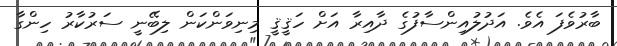
ބާރުވެފަ އެވެ. އަދުލުއިންސާފުގެ ދާއިރާ އަށް ހަޤީޤީ މިނިވަންކަން ލިބޭނީ ސަރުކާރު ހިންގާ